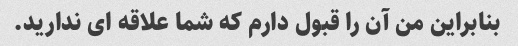
بنابراین من آن را قبول دارم که شما علاقه ای ندارید.